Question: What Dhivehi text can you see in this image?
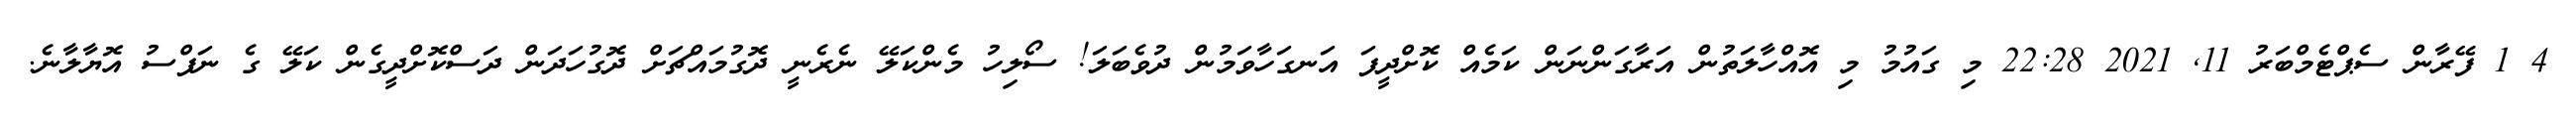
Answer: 4 1 ފޭރާން ސެޕްޓެމްބަރު 11, 2021 22:28 މި ގައުމު މި އޮއްހާލަތުން އަރާގަންނަން ކަމެއް ކޮށްދީފަ އަނގަހާވަމުން ދުވެބަލަ! ސޯލިހު މެންކަލޭ ނެރެނީ ދޮގުމައްޗަށް ދޮގުހަދަން ދަސްކޮށްދީގެން ކަލޭ ގެ ނަފްސު އޮޔާލާނެ.